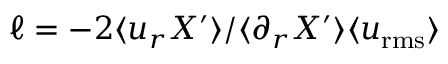
\ell = - 2 \langle u _ { r } X ^ { \prime } \rangle / \langle \partial _ { r } X ^ { \prime } \rangle \langle u _ { \mathrm { r m s } } \rangle